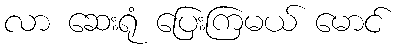
လာ ဆေးရုံ ပြေးကြမယ် မောင်